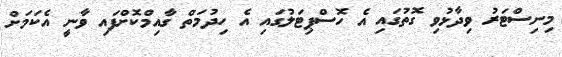
މިނިސްޓަރު ވިދާޅުވި ގޮތުގައި އެ ހޮސްޕިޓަލުގައި އެ ހިދުމަތް ގާއިމްކޮށްފައި ވާނީ އެކަމަށް